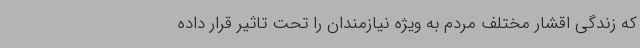
که زندگی اقشار مختلف مردم به ویژه نیازمندان را تحت تاثیر قرار داده